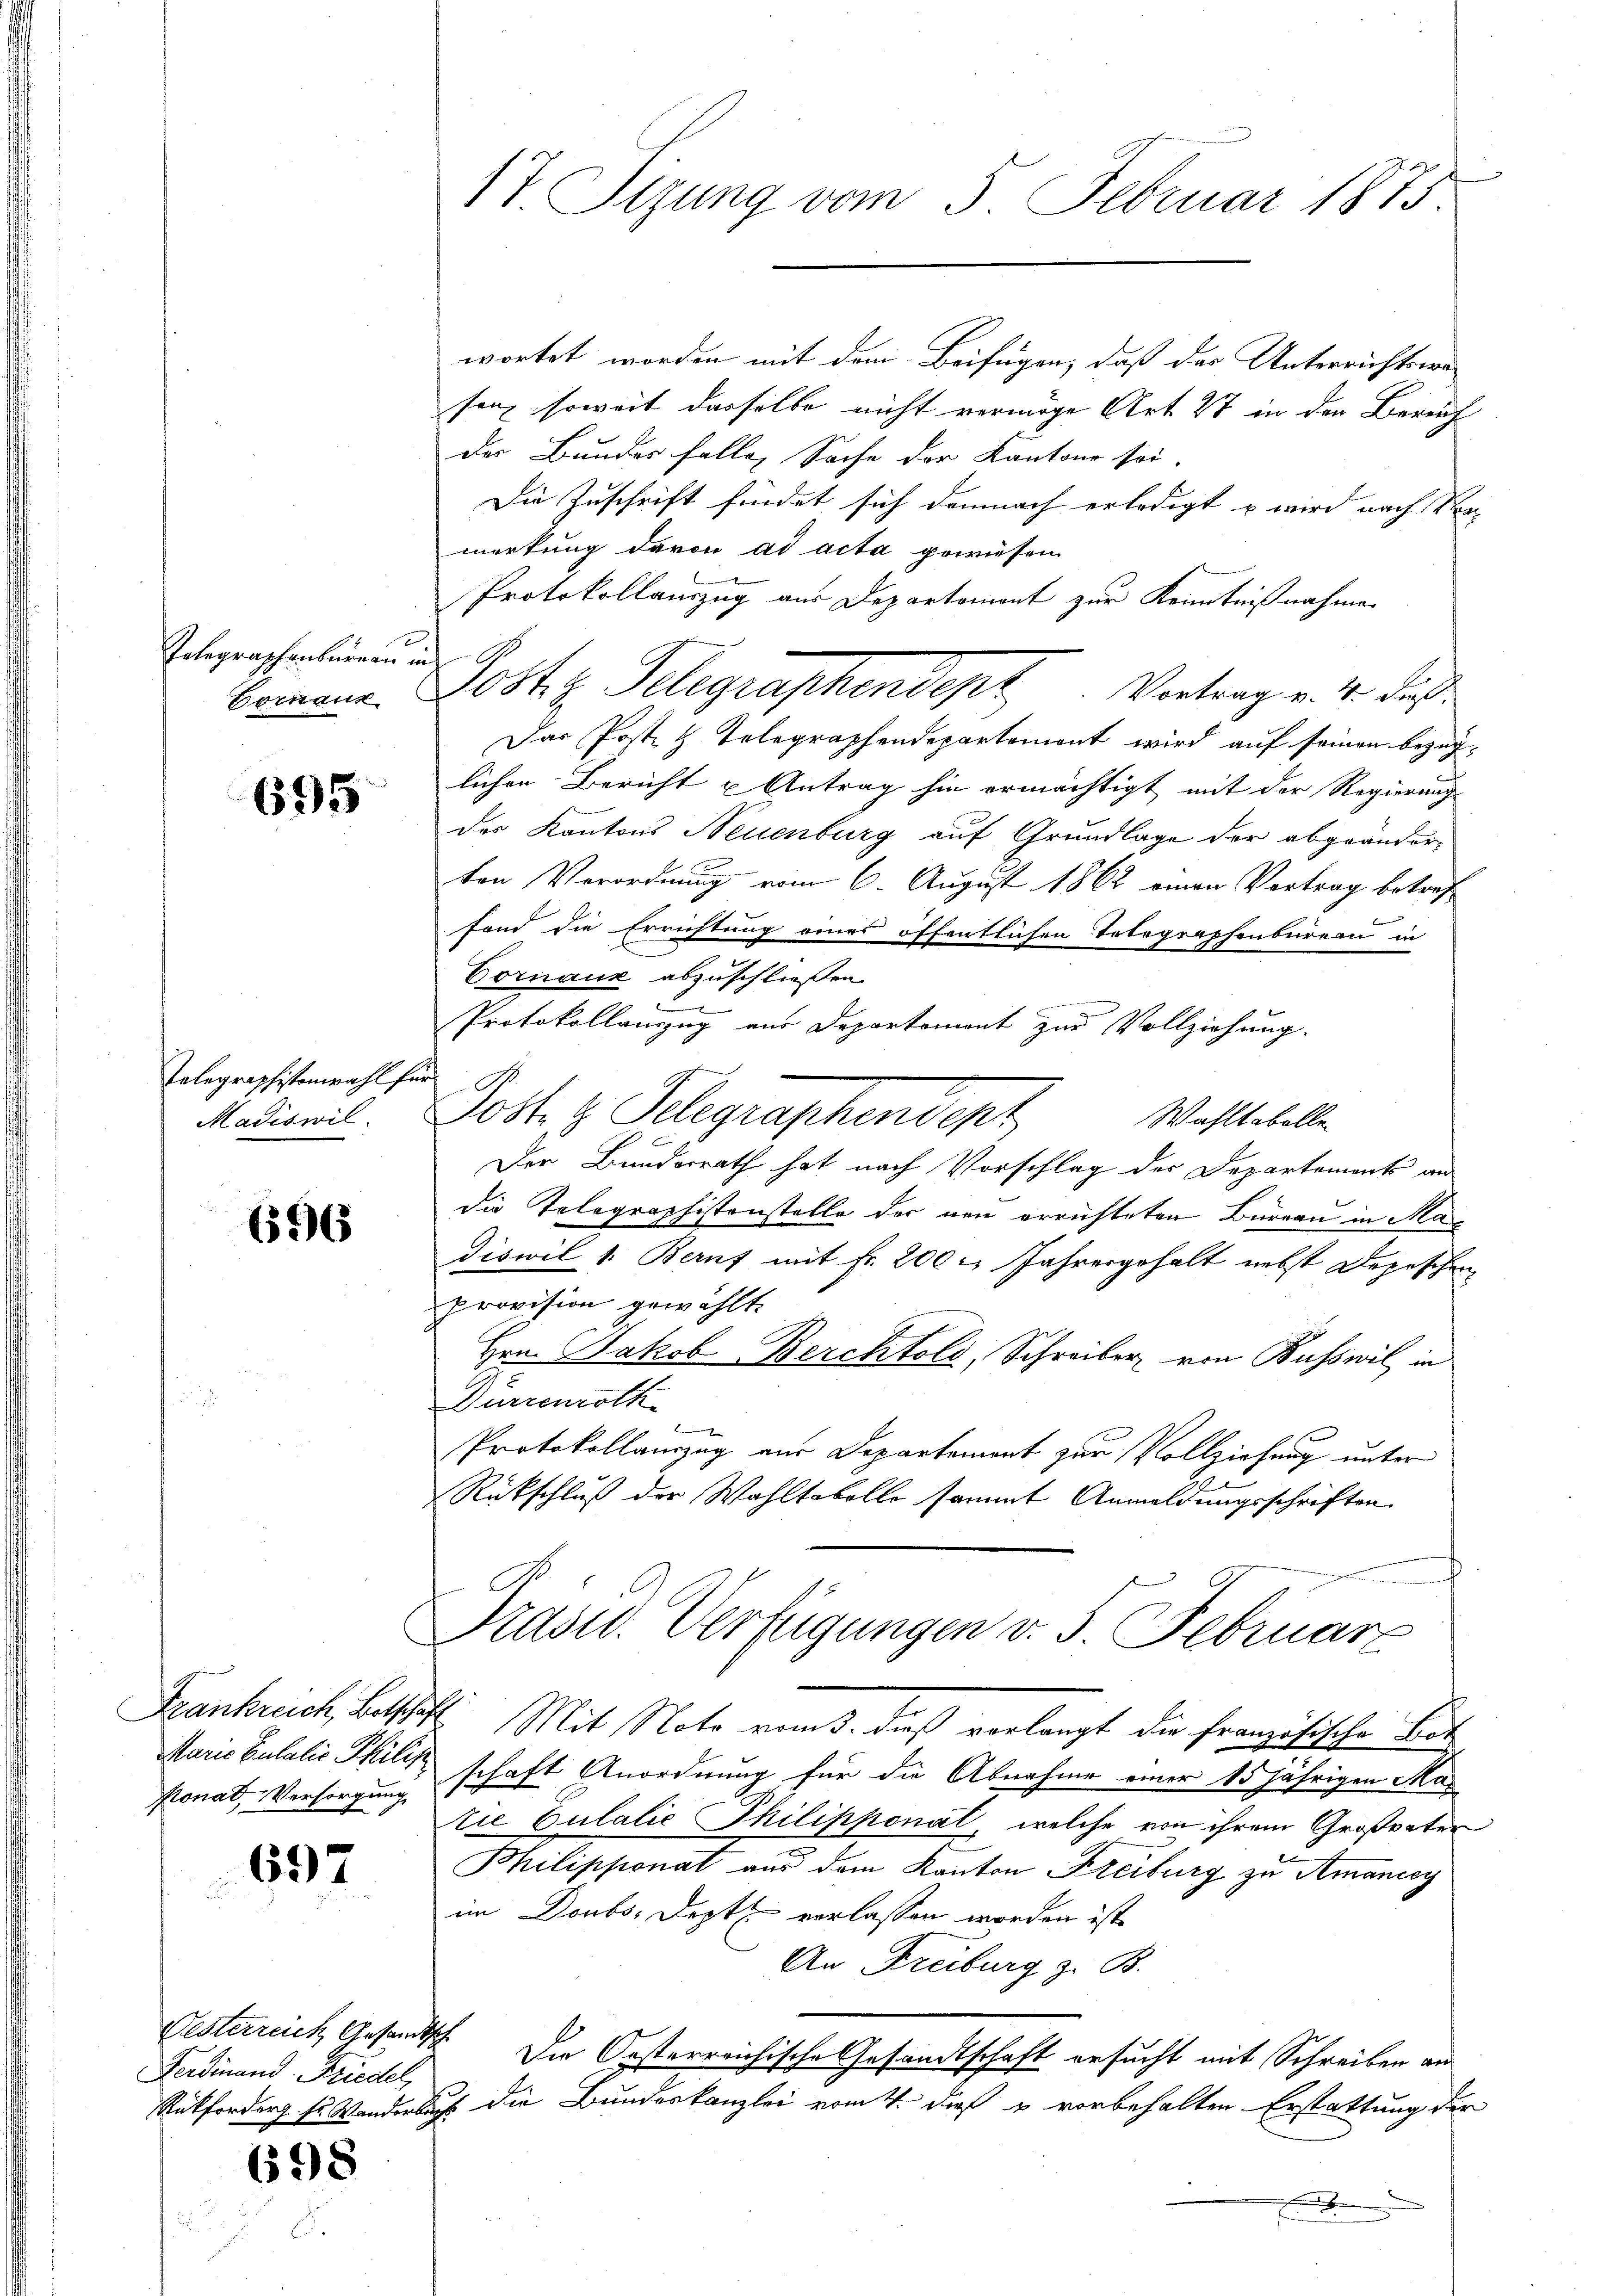
Polegraphenbureau
Bornaux

695

Telegraphistenwahl für
Madiswil.

696

Konad Versorgung

697

Oesterreich Gesandtsch
Ferdinand Friedel,

698

17. Sizung vom 5. Februar 1875.

wortet worden mit dem Beifügen, daß der Unterrichtswesen, soweit dasselbe nicht vermöge Art. 27 in den Bereich
der Bundes falle, Sache der Kantons sei.
Die Zuschrift findet sich demnach erledigt u wird nach Ver
merkung deron ad acta gewiesen
Protokollauszug aus Departement zur Kenntnißnahmen
¬
Das Post z. Telegraphendepartement wird auf seinen bezüglichen Bericht u Antrag hin ermächtigt mit der Regierung
des Kantons Neuenburg auf Grundlage der abgeänderten Verordnung vom 6. August 1862 einen Vortrag betref-
fond die Errichtung eines öffentlichen Totegraphenbureau in
Cornaux abzuschließen.

Protokollanzug zur Departemont zur Vollziehung.
Dost. H. Relegraphendent
Wahltabelle
Der Bundesrath hat nach Vorschlag des Departements an
die Telegraphistenstelle der neu errichteten Büreau in Ma
diswil 1. Beruf mit Fr. 200 l. Jahresgehalt nebst Depeschen
provision gewählt.
Hrn. Jakob Berchtold, Schreiber von Busswil in
Durrenroth
2
Protokollauszug aus Departement zur Vollziehung unter
Rückschluß der Wahltokolle sammt Anmeldungsschriften
.
Präsid. Verfügungen v. 5. Februarz
Frankreich, Betschaft. Mit Note vom 3. dieß verlangt die französische Bes
Marie Zulalie Philik schaft Anordnung für die Abnahme einer 15 jährigen Marie Zulalić Philippenat, welche von ihrem Großvater
Bhilipponat aus dem Kanton Freiburg zu Amanoy
im Doubs Dept verlassen worden ist.
An Freiburg z. B.
Die Osterreichische Gesandtschaft ersucht mit Schreiben an
Ratforderg ss Wanderlich die Bundeskanzlei vom 4. dieß & vorbehalten Erstattung der
.

Jost z. Telegraphendert Vertragen u. dies